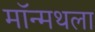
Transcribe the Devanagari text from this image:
मॉन्मथला